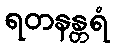
ရတနန္တရံ